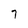
Character: 7